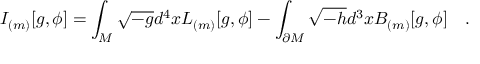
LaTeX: I _ { ( m ) } [ g , \phi ] = \int _ { \cal M } \sqrt { - g } d ^ { 4 } x L _ { ( m ) } [ g , \phi ] - \int _ { \partial { \cal M } } \sqrt { - h } d ^ { 3 } x B _ { ( m ) } [ g , \phi ] ~ ~ ~ .